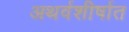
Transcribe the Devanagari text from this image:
अथर्वशीर्षात